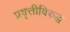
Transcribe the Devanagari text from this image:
प्रवृत्तीविरुद्ध